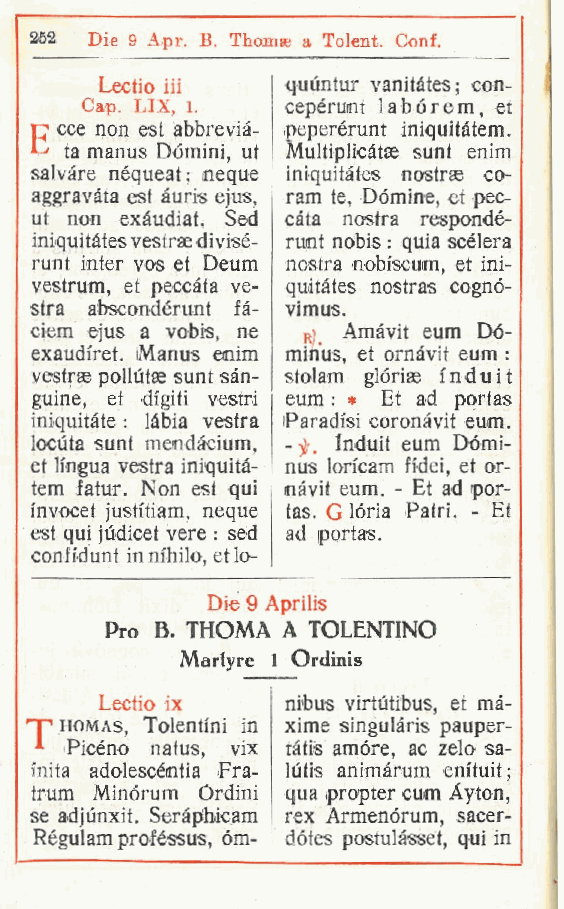
252 Die 9 Apr. B. Thomas a Tolent. Conf.
 Lectio iii  quuntur vanitàtes; con-
 Gap. LIX l,   cepérunt 1 a b ó r e m et
 ,                    ,
 C cce non est abbrevià- peperérunt iniquitàtem.
 -
 C ta manus Domini ut Multiplicàtae sunt enim
 ,
 salvare nequeat; neque iniquitàtes nostrse co-
 aggravàta est àuris ejus ram te, Dòmine, et pec-
 ,
 ut non exàudiat. Sed càta nostra respondé-
 iniquitàtes vestrse divisé- runt nobis : quia scélera
 runt Inter vos et Deum nostra nobiscum, et ini-
 vestrum, et peccata ve- quitàtes nostras cognó-
 stra abscondérunt fà- vimus.
 ciem ejus a vobis ne ni Amàvit eum Dó-
 ,
 exaudiret. Manus enim minus, et ornàvit eum :
 vestrae poilùtae sunt san- stolam glóriae fnduit
 guine, et digiti vestri eum : » Et ad portas
 iniquitàte : làbia vestra Paradisi coronàvit eum.
 locùta sunt mendàcium, jf Induit eum Dómi-
 - ,
 et lingua vestra iniquità- nus lon'cam fidei, et or-
 tem Jatur. Non est qui nàvit eum. - Et ad por-
 invocet justi'tiam neque tas. G lória Patri. - Et
 ,
 est qui jùdicet vere : sed ad portas.
 confi'dunt in nihilo, etlo-
 Die 9 Aprilis
 Pro B. THOMA A TOLENTINO
 Maryre 1 Ordinis
 Lectio ix   nibus virtùtibus, et mà-
 T"" homas Tolentini in xime singulàris pauper-
 ,
 .  Picèno natus vix tàtis amóre, ac zelo sa-
 ,
 inita adolescéntia Fra- lutis animàrum em'tuit;
 trum Minórum Ordini qua propter cum Ayton,
 se adjunxit. Seràphicam rex Armenórum, sacer-
 Régulam proféssus òm- dótes postulàsset, qui in
 ,
 f